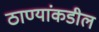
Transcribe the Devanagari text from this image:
ठाण्यांकडील